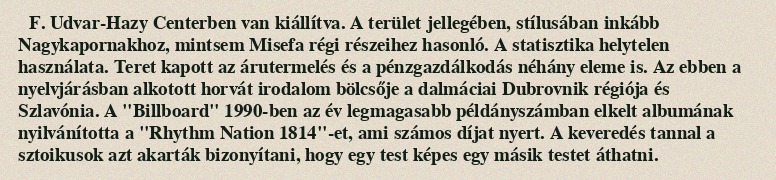
F. Udvar-Hazy Centerben van kiállítva. A terület jellegében, stílusában inkább Nagykapornakhoz, mintsem Misefa régi részeihez hasonló. A statisztika helytelen használata. Teret kapott az árutermelés és a pénzgazdálkodás néhány eleme is. Az ebben a nyelvjárásban alkotott horvát irodalom bölcsője a dalmáciai Dubrovnik régiója és Szlavónia. A "Billboard" 1990-ben az év legmagasabb példányszámban elkelt albumának nyilvánította a "Rhythm Nation 1814"-et, ami számos díjat nyert. A keveredés tannal a sztoikusok azt akarták bizonyítani, hogy egy test képes egy másik testet áthatni.